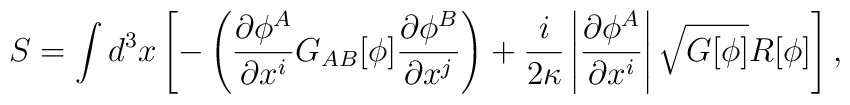
S=\int d^{3}x \left[ -\left(\frac{\partial\phi^{A}}{\partial x^{i}}G_{AB}[\phi] \frac{\partial\phi^{B}}{\partial x^{j}}\right)+\frac{i}{2\kappa} \left| \frac{\partial\phi^{A}}{\partial x^{i}}\right| \sqrt{G[\phi]} R[\phi]\right],